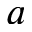
a